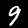
Label: 9